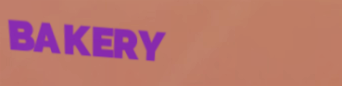
BAKERY